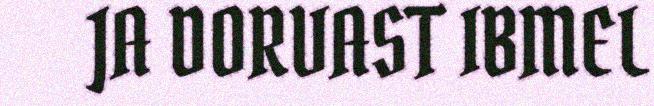
JA DORVAST IBMEL